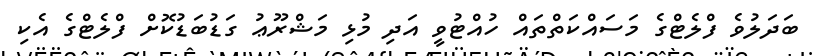
ބަދަލުވެ ފްލެޓްގެ މަސައްކަތްތައް ހުއްޓުވީ އަދި މުޅި މަޝްރޫޢު ގަޑުބަޑުކޮށް ފްލެޓްގެ އެކި